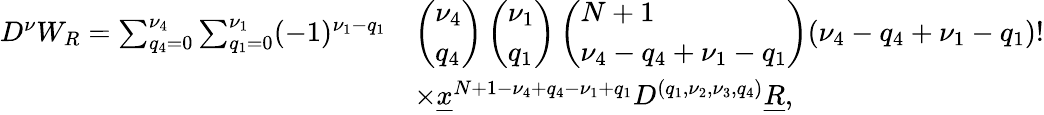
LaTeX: \begin{array}{rl}{D^{\mathbf\nu}W_{R}=\sum_{q_{4}=0}^{\nu_{4}}\sum_{q_{1}=0}^{\nu_{1}}(-1)^{\nu_{1}-q_{1}}}&{\left(\begin{array}{l}{\nu_{4}}\\ {q_{4}}\end{array}\right)\left(\begin{array}{l}{\nu_{1}}\\ {q_{1}}\end{array}\right)\left(\begin{array}{l}{N+1}\\ {\nu_{4}-q_{4}+\nu_{1}-q_{1}}\end{array}\right)(\nu_{4}-q_{4}+\nu_{1}-q_{1})!}\\ &{\times\underline{x}^{N+1-\nu_{4}+q_{4}-\nu_{1}+q_{1}}D^{(q_{1},\nu_{2},\nu_{3},q_{4})}\underline{R},}\end{array}